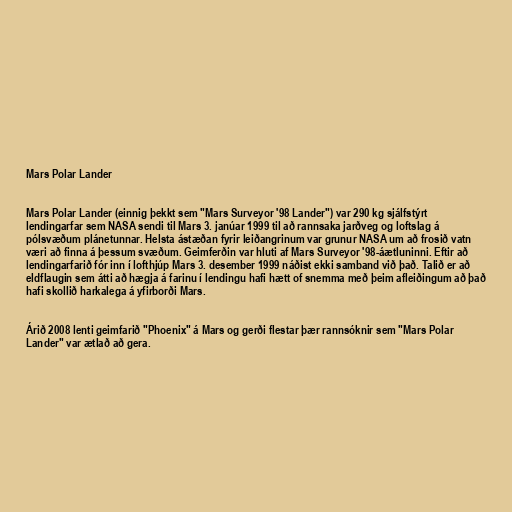
Mars Polar Lander

Mars Polar Lander (einnig þekkt sem "Mars Surveyor '98 Lander") var 290 kg sjálfstýrt
lendingarfar sem NASA sendi til Mars 3. janúar 1999 til að rannsaka jarðveg og loftslag á
pólsvæðum plánetunnar. Helsta ástæðan fyrir leiðangrinum var grunur NASA um að frosið vatn
væri að finna á þessum svæðum. Geimferðin var hluti af Mars Surveyor '98-áætluninni. Eftir að
lendingarfarið fór inn í lofthjúp Mars 3. desember 1999 náðist ekki samband við það. Talið er að
eldflaugin sem átti að hægja á farinu í lendingu hafi hætt of snemma með þeim afleiðingum að það
hafi skollið harkalega á yfirborði Mars.

Árið 2008 lenti geimfarið "Phoenix" á Mars og gerði flestar þær rannsóknir sem "Mars Polar
Lander" var ætlað að gera.